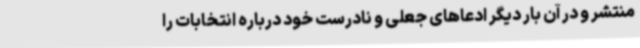
منتشر و در آن بار دیگر ادعاهای جعلی و نادرست خود درباره انتخابات را